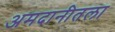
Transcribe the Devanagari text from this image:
अमदानीतला